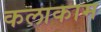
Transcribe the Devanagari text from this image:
कलाकाम